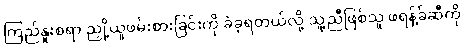
ကြည်နူးစရာ ညှို့ယူဖမ်းစားခြင်းကို ခံခဲ့ရတယ်လို့ သူ့ညီဖြစ်သူ ဖရန့်ခ်ဆီကို